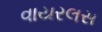
વાયરલસ